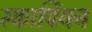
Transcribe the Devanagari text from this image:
स्कार्पियन